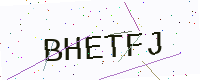
Text: BHETFJ